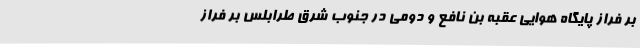
بر فراز پایگاه هوایی عقبه بن نافع و دومی در جنوب شرق طرابلس بر فراز